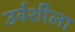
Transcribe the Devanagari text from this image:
उर्वशीला